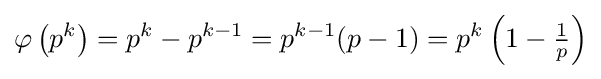
\varphi \left(p^{k}\right)=p^{k}-p^{k-1}=p^{k-1}(p-1)=p^{k}\left(1-{\tfrac {1}{p}}\right)